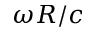
\omega R / c